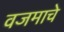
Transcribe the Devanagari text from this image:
वजमाचे